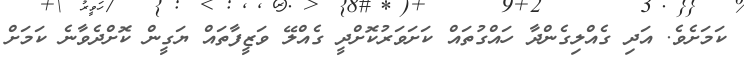
ކަމަށެވެ. އަދި ގެއްލިގެންދާ ހައްގުތައް ކަށަވަރުކޮށްދީ ގެއްލޭ ވަޒީފާތައް ޔަގީން ކޮށްދެވާނެ ކަމަށް